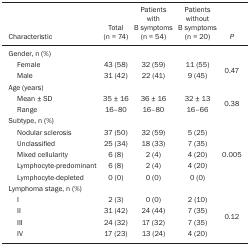
|  |  | Patients | Patients |  |
 |  |  | with | without |  |
 |  | Total | B symptoms | B symptoms |  |
 | Characteristic | (n = 74) | (n = 54) | (n = 20) | P |
 | --- | --- | --- | --- | --- |
 | Gender, n (%) |  |  |  |  |
 | Female | 43 (58) | 32 (59) | 11 (55) | <ROWSPAN=2> 0.47 |
 | Male | 31 (42) | 22 (41) | 9 (45) |
 | Age (years) |  |  |  |  |
 | Mean ± SD | 35 ± 16 | 36 ± 16 | 32 ± 13 | <ROWSPAN=2> 0.38 |
 | Range | 16–80 | 16–80 | 16–66 |
 | Subtype, n (%) |  |  |  |  |
 | Nodular sclerosis | 37 (50) | 32 (59) | 5 (25) |  |
 | Unclassified | 25 (34) | 18 (33) | 7 (35) |  |
 | Mixed cellularity | 6 (8) | 2 (4) | 4 (20) | 0.005 |
 | Lymphocyte-predominant | 6 (8) | 2 (4) | 4 (20) |  |
 | Lymphocyte-depleted | 0 (0) | 0 (0) | 0 (0) |  |
 | Lymphoma stage, n (%) |  |  |  |  |
 | I | 2 (3) | 0 (0) | 2 (10) |  |
 | II | 31 (42) | 24 (44) | 7 (35) | 0.12 |
 | III | 24 (32) | 17 (32) | 7 (35) |  |
 | IV | 17 (23) | 13 (24) | 4 (20) |  |